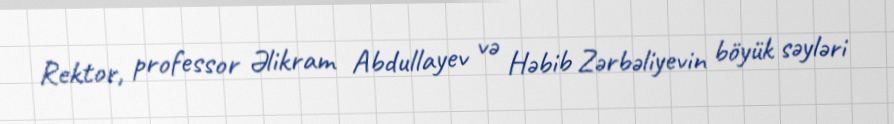
Rektor, professor Əlikram Abdullayev və Həbib Zərbəliyevin böyük səyləri